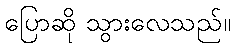
ပြောဆို သွားလေသည်။